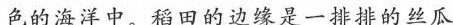
色的海洋中。稻田的边缘是一排排的丝瓜